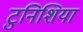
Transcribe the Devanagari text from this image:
टुनिशिया